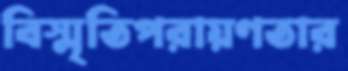
বিস্মৃতিপরায়ণতার